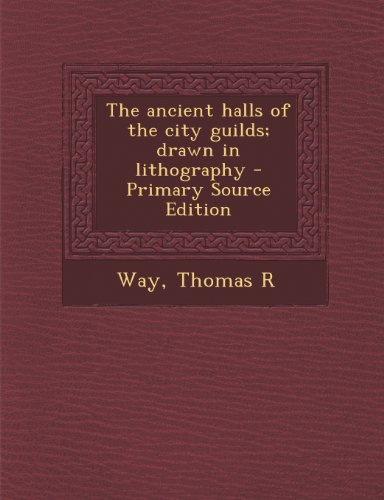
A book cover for The ancient halls of the city guilds; drawn in lithography - Primary Source Edition; Thomas R Way; Arts & Photography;